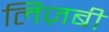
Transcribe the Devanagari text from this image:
लिज़बी